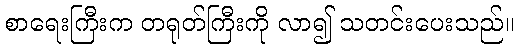
စာရေးကြီးက တရုတ်ကြီးကို လာ၍ သတင်းပေးသည်။